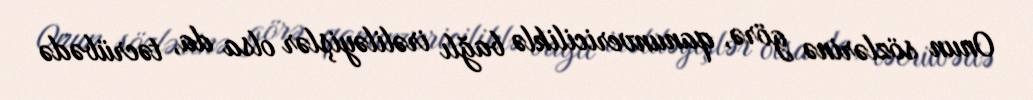
Onun sözlərinə görə, qanunvericiliklə bağlı irəliləyişlər olsa da, təcrübədə